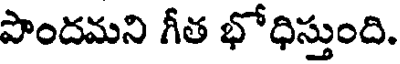
పొందమని గీత భోధిస్తుంది.